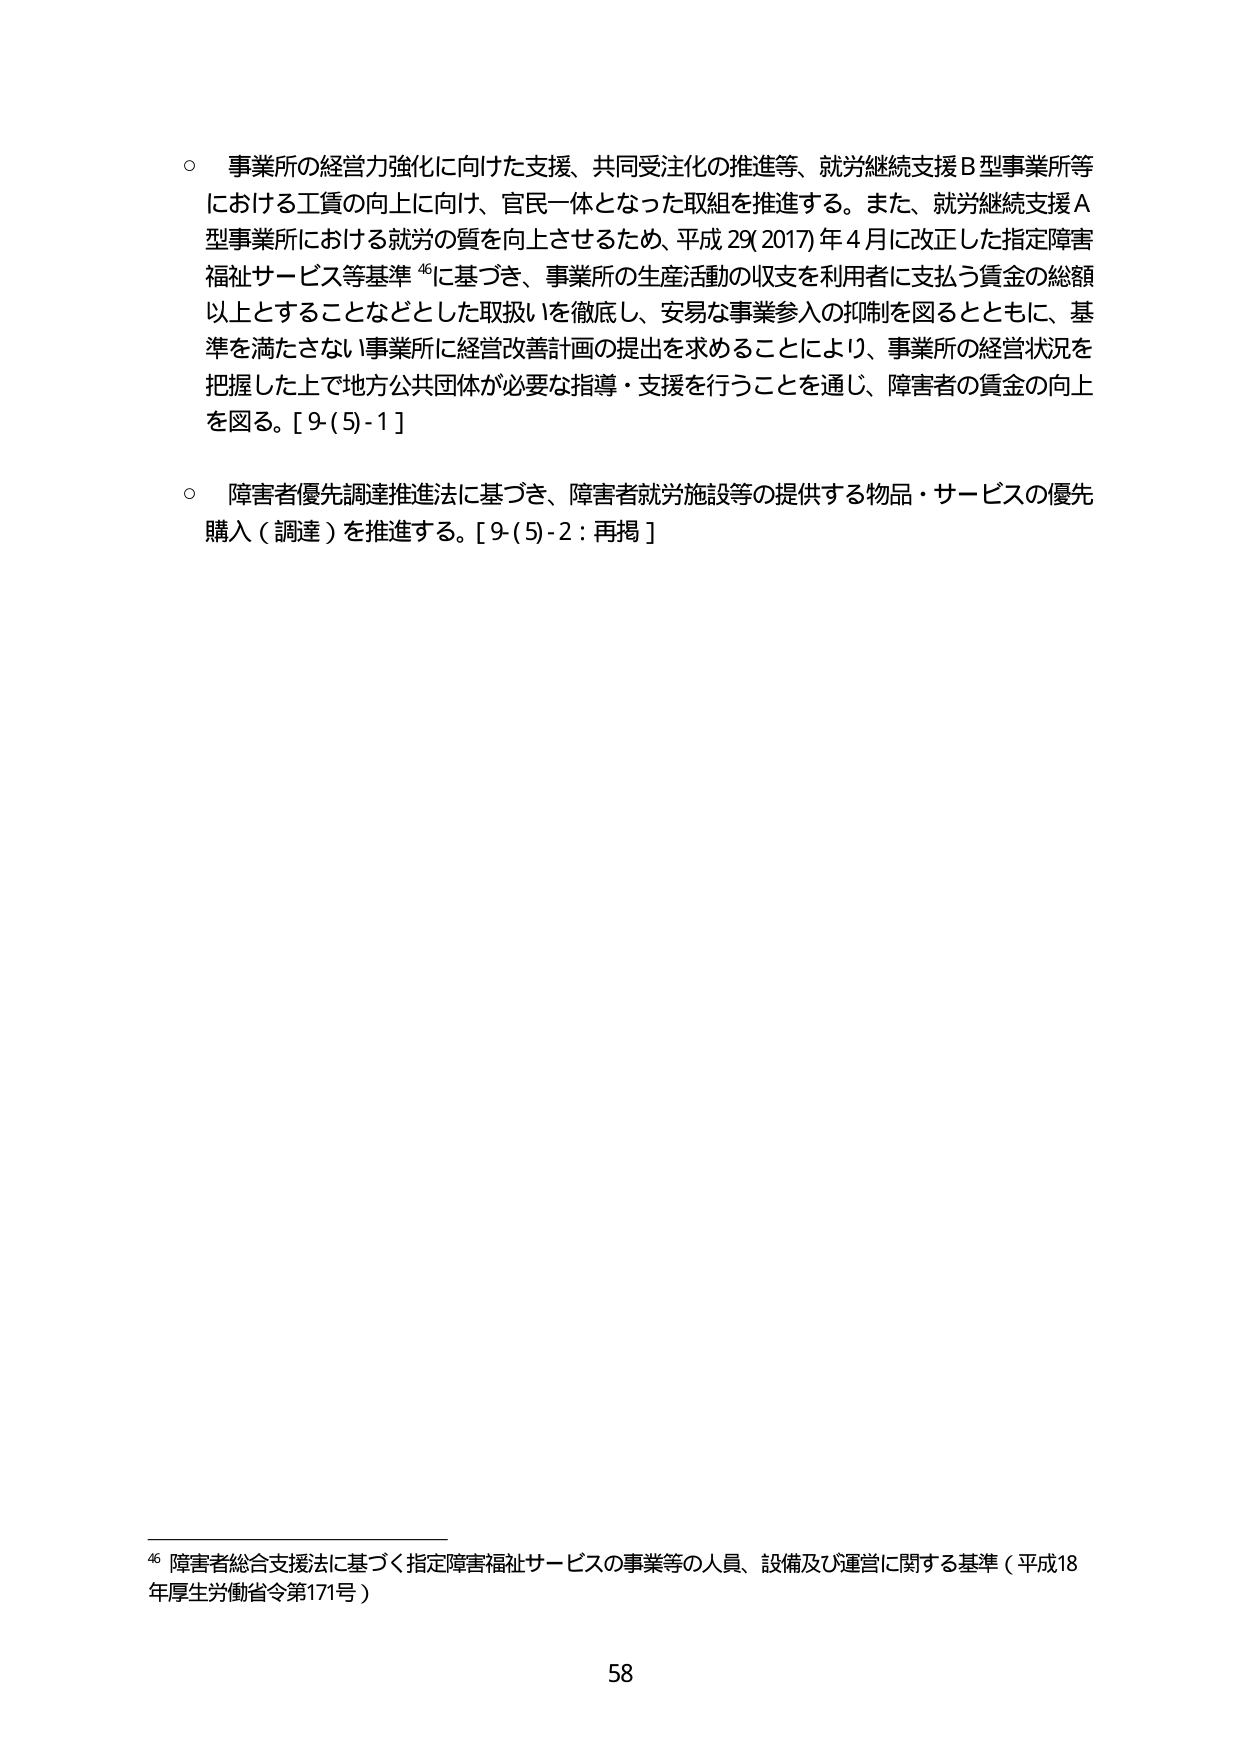
○ 事業所の経営力強化に向けた支援、共同受注化の推進等、就労継続支援Ｂ型事業所等における工賃の向上に向け、官民一体となった取組を推進する。また、就労継続支援Ａ型事業所における就労の質を向上させるため、平成29（2017）年4月に改正した指定障害福祉サービス等基準⁴⁶に基づき、事業所の生産活動の収支を利用者に支払う賃金の総額以上とすることなどとした取扱いを徹底し、安易な事業参入の抑制を図るとともに、基準を満たさない事業所に経営改善計画の提出を求めることにより、事業所の経営状況を把握した上で地方公共団体が必要な指導・支援を行うことを通じ、障害者の賃金の向上を図る。［9-(5)-1］

○ 障害者優先調達推進法に基づき、障害者就労施設等の提供する物品・サービスの優先購入（調達）を推進する。［9-(5)-2：再掲］

⁴⁶ 障害者総合支援法に基づく指定障害福祉サービスの事業等の人員、設備及び運営に関する基準（平成18年厚生労働省令第171号）

58